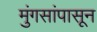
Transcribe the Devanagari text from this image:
मुंगसांपासून